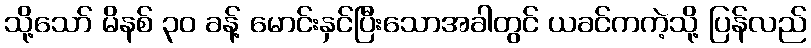
သို့သော် မိနစ် ၃၀ ခန့် မောင်းနှင်ပြီးသောအခါတွင် ယခင်ကကဲ့သို့ ပြန်လည်